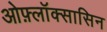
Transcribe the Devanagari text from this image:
ओफ़्लॉक्सासिन